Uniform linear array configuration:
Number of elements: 12
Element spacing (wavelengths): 0.25
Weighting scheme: uniform
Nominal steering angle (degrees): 0
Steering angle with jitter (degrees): -0.3394
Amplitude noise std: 0.05
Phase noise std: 0.05

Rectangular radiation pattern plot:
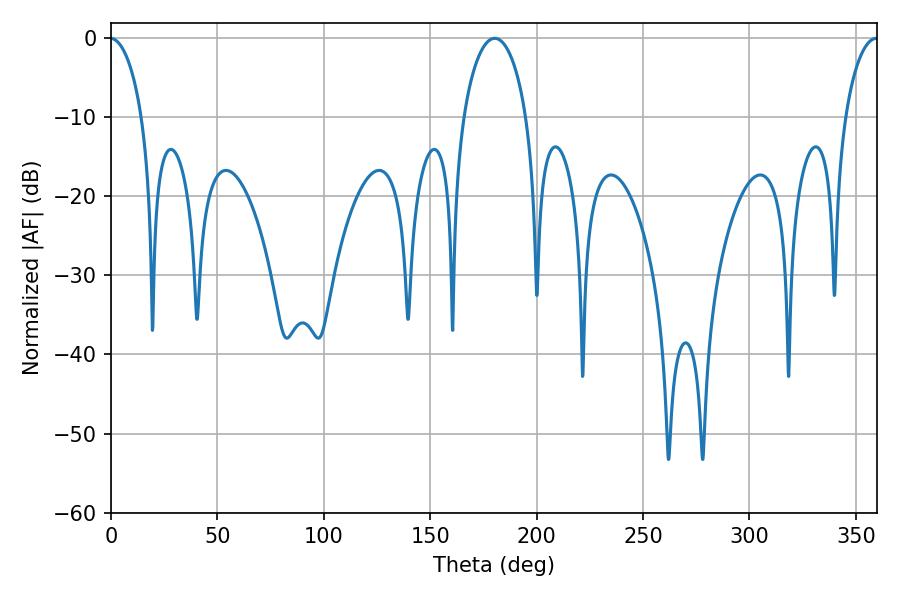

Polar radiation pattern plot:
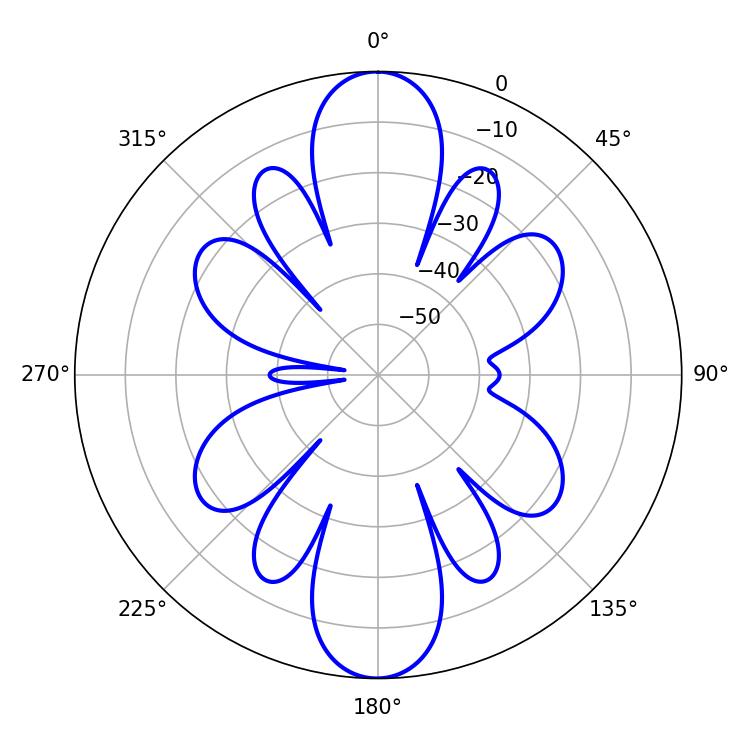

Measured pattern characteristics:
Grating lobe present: FALSE
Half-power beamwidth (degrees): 16.92
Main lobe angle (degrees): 180.36